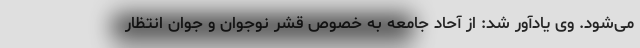
می‌شود. وی یادآور شد: از آحاد جامعه به خصوص قشر نوجوان و جوان انتظار